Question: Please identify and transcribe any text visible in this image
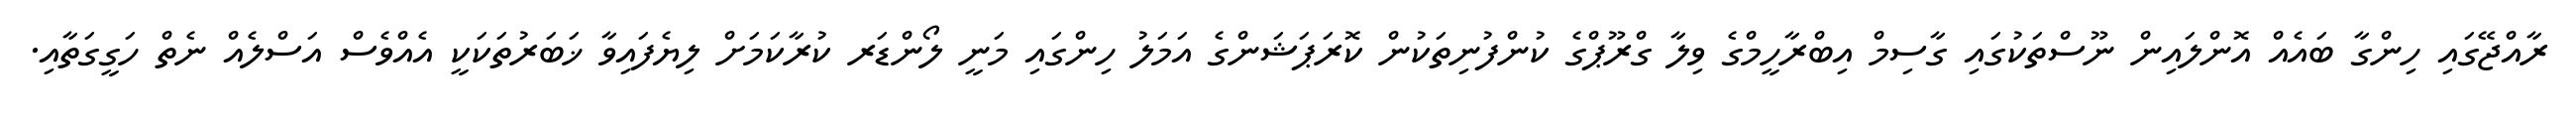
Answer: ރާއްޖޭގައި ހިންގާ ބައެއް އޮންލައިން ނޫސްތަކުގައި ގާސިމް އިބްރާހީމްގެ ވިލާ ގްރޫޕްގެ ކުންފުނިތަކުން ކޮރަޕަޝަންގެ އަމަލު ހިންގައި މަނީ ލޯންޑަރ ކުރާކަމަށް ލިޔެފައިވާ ޚަބަރުތަކަކީ އެއްވެސް އަސްލެއް ނެތް ހަގީގަތާއި.